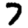
Digit: 7